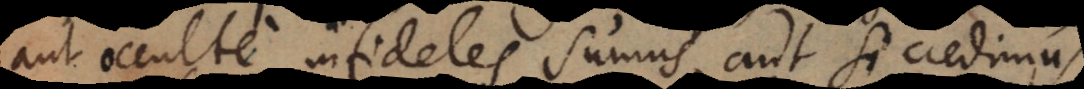
aut occulte infideles sumus, aut si credimus